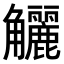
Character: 𧥖